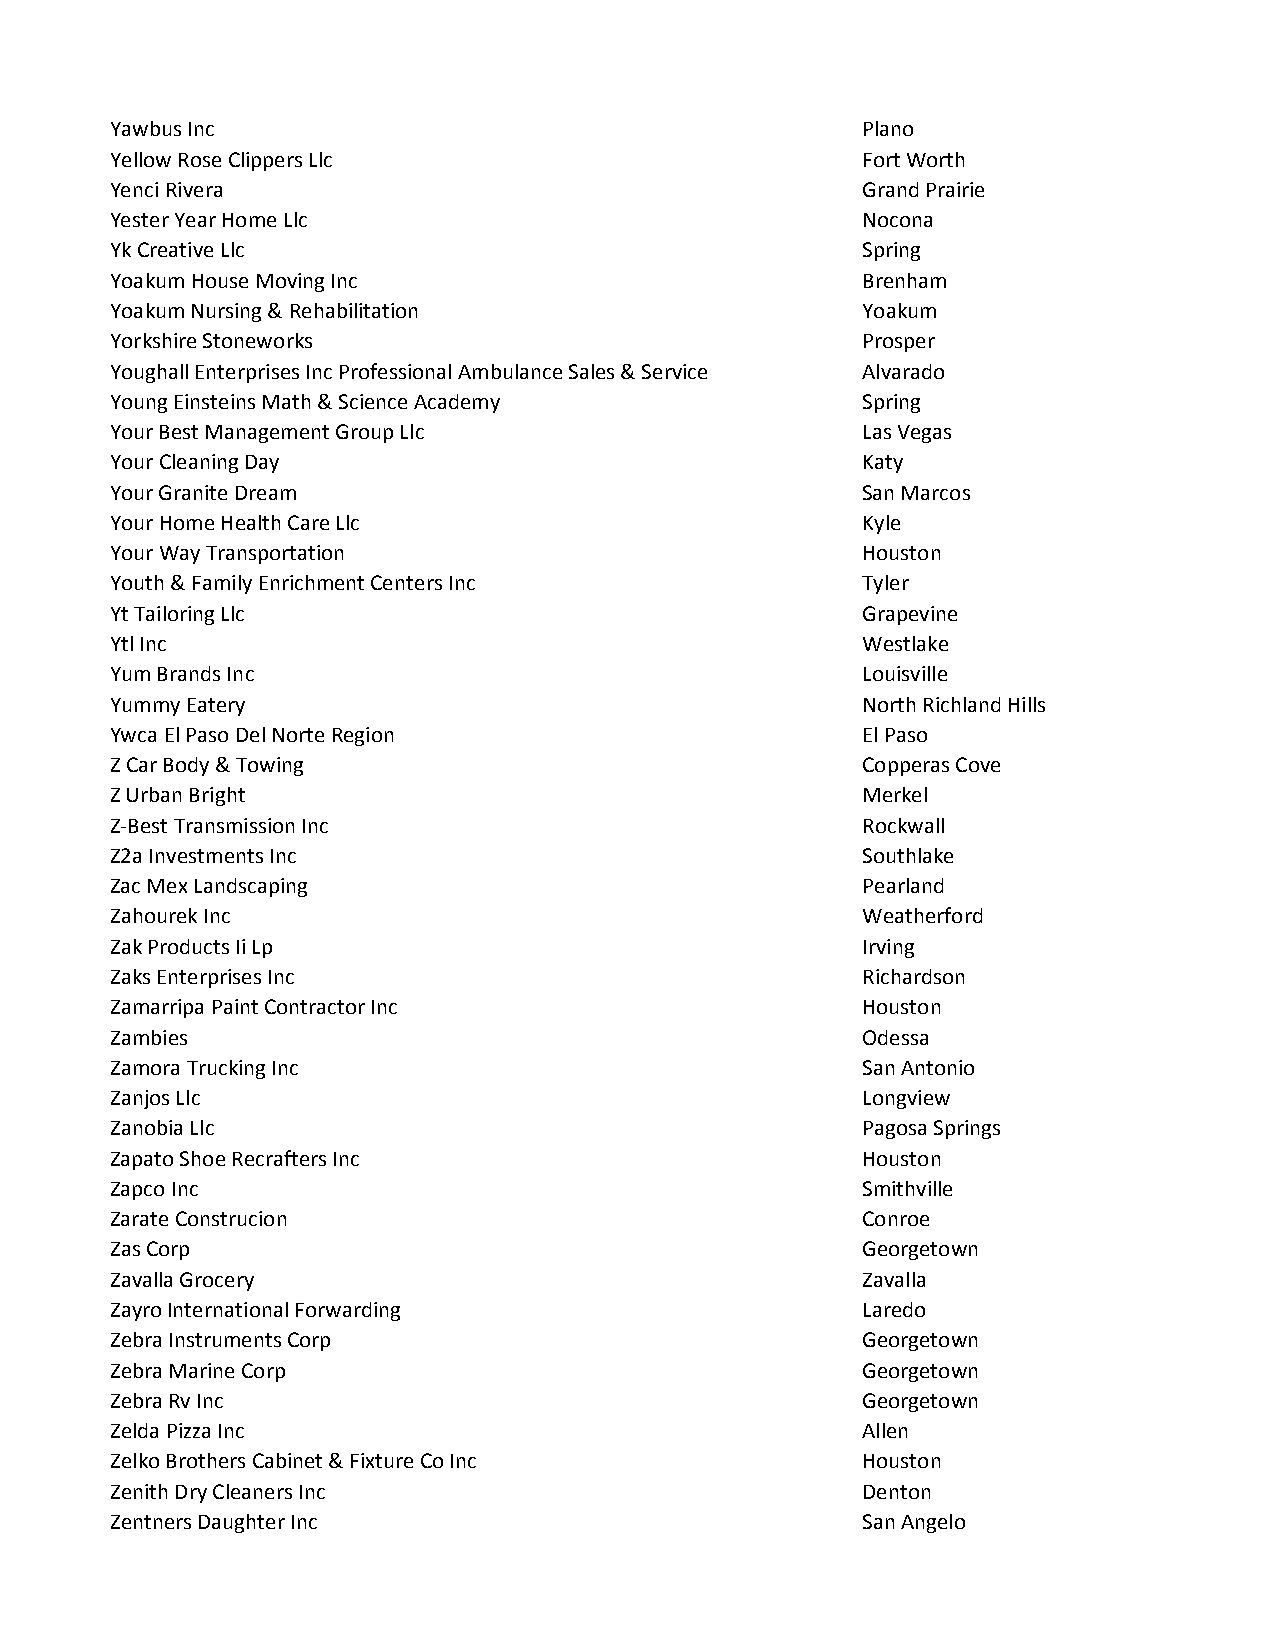
Yawbus Inc                                        Plano
 Yellow Rose Clippers Llc                          Fort Worth
 Yenci Rivera                                      Grand Prairie
 Yester Year Home Llc                              Nocona
 Yk Creative Llc                                   Spring
 Yoakum House Moving Inc                           Brenham
 Yoakum Nursing & Rehabilitation                   Yoakum
 Yorkshire Stoneworks                              Prosper
 Youghall Enterprises Inc Professional Ambulance Sales & Service Alvarado
 Young Einsteins Math & Science Academy            Spring
 Your Best Management Group Llc                    Las Vegas
 Your Cleaning Day                                 Katy
 Your Granite Dream                                San Marcos
 Your Home Health Care Llc                         Kyle
 Your Way Transportation                           Houston
 Youth & Family Enrichment Centers Inc             Tyler
 Yt Tailoring Llc                                  Grapevine
 Ytl Inc                                           Westlake
 Yum Brands Inc                                    Louisville
 Yummy Eatery                                      North Richland Hills
 Ywca El Paso Del Norte Region                     El Paso
 Z Car Body & Towing                               Copperas Cove
 Z Urban Bright                                    Merkel
 Z-Best Transmission Inc                           Rockwall
 Z2a Investments Inc                               Southlake
 Zac Mex Landscaping                               Pearland
 Zahourek Inc                                      Weatherford
 Zak Products Ii Lp                                Irving
 Zaks Enterprises Inc                              Richardson
 Zamarripa Paint Contractor Inc                    Houston
 Zambies                                           Odessa
 Zamora Trucking Inc                               San Antonio
 Zanjos Llc                                        Longview
 Zanobia Llc                                       Pagosa Springs
 Zapato Shoe Recrafters Inc                        Houston
 Zapco Inc                                         Smithville
 Zarate Construcion                                Conroe
 Zas Corp                                          Georgetown
 Zavalla Grocery                                   Zavalla
 Zayro International Forwarding                    Laredo
 Zebra Instruments Corp                            Georgetown
 Zebra Marine Corp                                 Georgetown
 Zebra Rv Inc                                      Georgetown
 Zelda Pizza Inc                                   Allen
 Zelko Brothers Cabinet & Fixture Co Inc           Houston
 Zenith Dry Cleaners Inc                           Denton
 Zentners Daughter Inc                             San Angelo